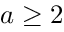
a \ge 2